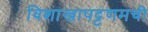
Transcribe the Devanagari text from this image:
विशाखापट्टणमची